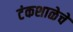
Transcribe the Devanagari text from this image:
टंकशाळेचे